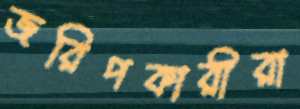
জরিপকারীরা